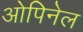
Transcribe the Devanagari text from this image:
ओपिनेल